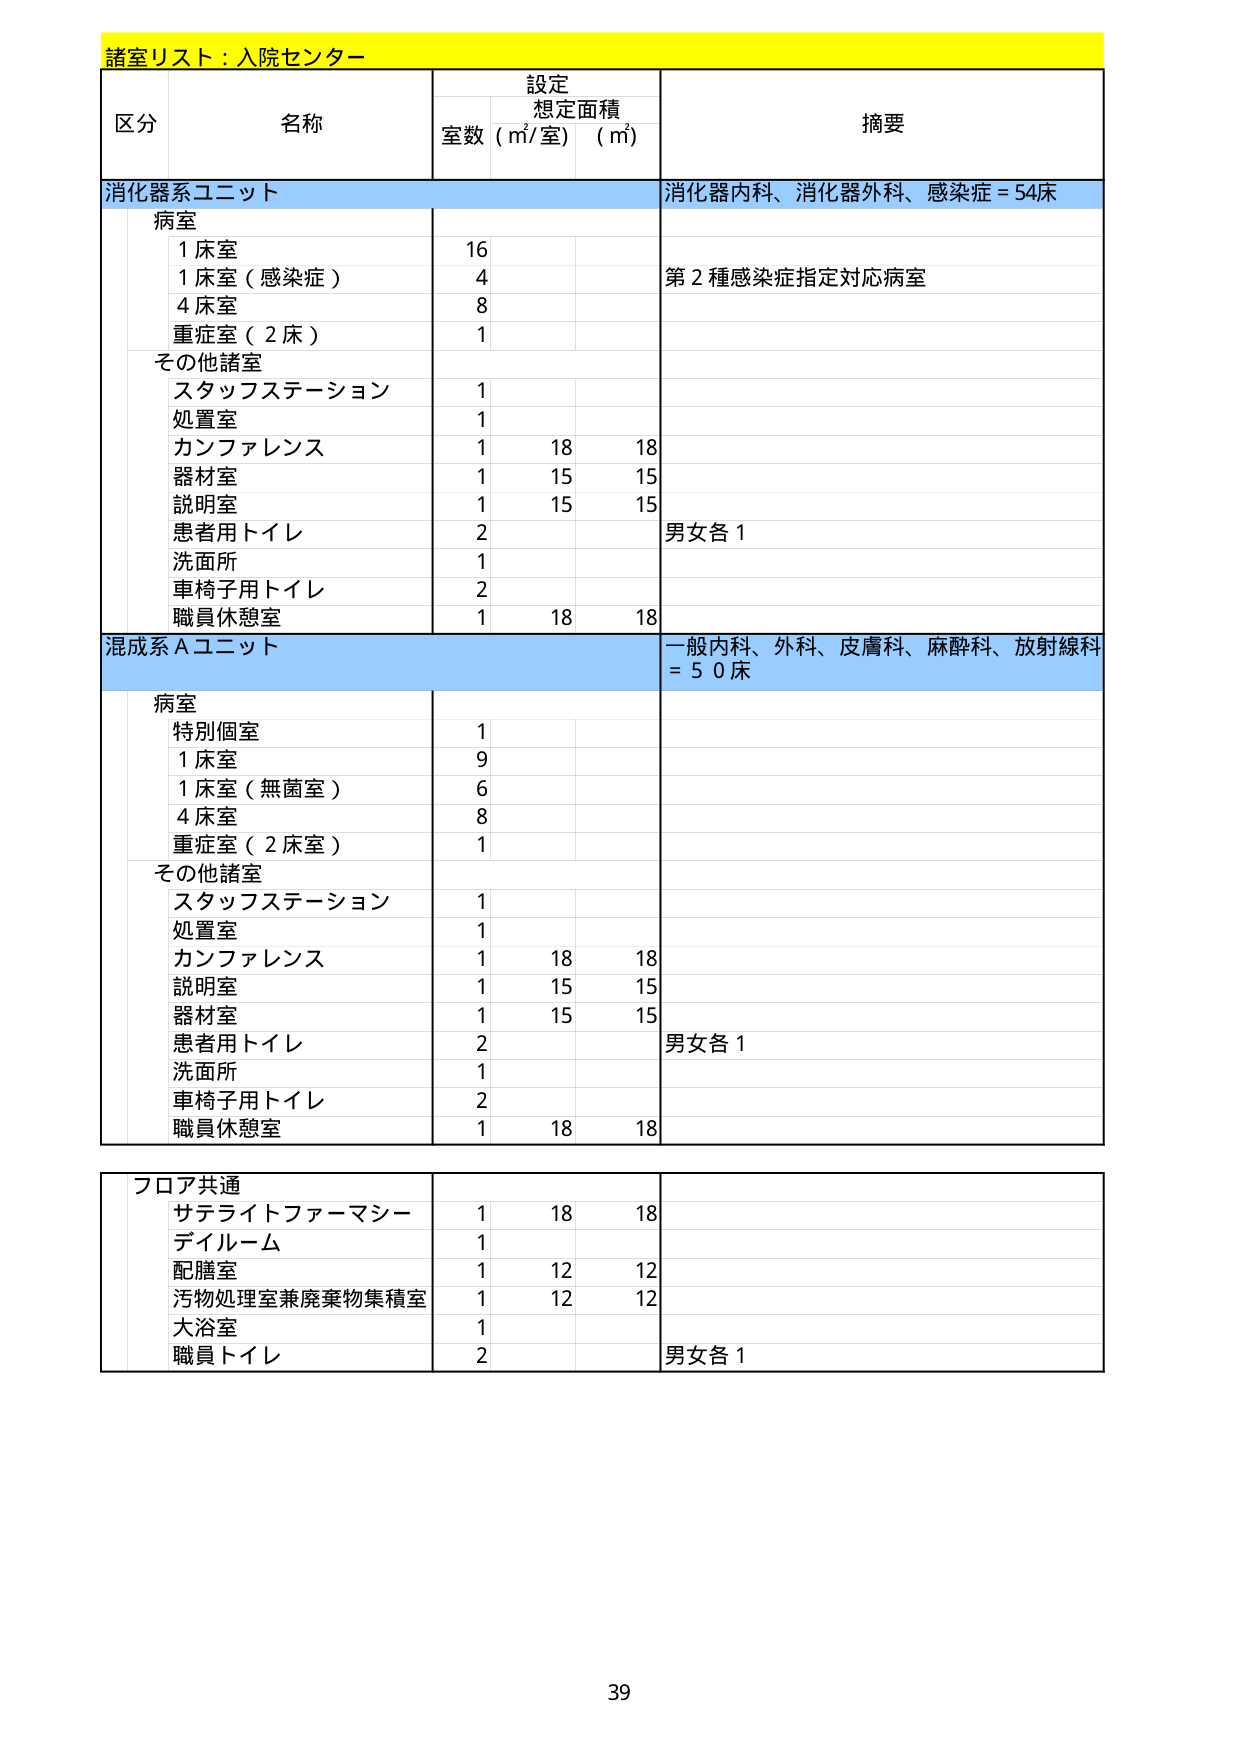
諸室リスト：入院センター

区分 名称 設定 想定面積 摘要
室数 (㎡/室) (㎡)

消化器系ユニット 消化器内科、消化器外科、感染症 = 54床
病室
1床室 16
1床室（感染症） 4 第2種感染症指定対応病室
4床室 8
重症室（2床） 1
その他諸室
スタッフステーション 1
処置室 1
カンファレンス 1 18 18
器材室 1 15 15
説明室 1 15 15
患者用トイレ 2 男女各1
洗面所 1
車椅子用トイレ 2
職員休憩室 1 18 18

混成系Aユニット 一般内科、外科、皮膚科、麻酔科、放射線科 = 50床
病室
特別個室 1
1床室 9
1床室（無菌室） 6
4床室 8
重症室（2床室） 1
その他諸室
スタッフステーション 1
処置室 1
カンファレンス 1 18 18
説明室 1 15 15
器材室 1 15 15
患者用トイレ 2 男女各1
洗面所 1
車椅子用トイレ 2
職員休憩室 1 18 18

フロア共通
サテライトファーマシー 1 18 18
デイルーム 1
配膳室 1 12 12
汚物処理室兼廃棄物集積室 1 12 12
大浴室 1
職員トイレ 2 男女各1

39